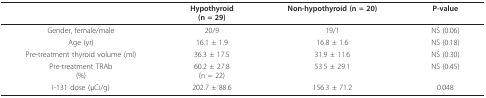
<table><thead><tr><td>[EMPTY_CELL]</td><td><b>Hypothyroid(n = 29)</b></td><td><b>Non-hypothyroid (n = 20)</b></td><td><b>P-value</b></td></tr></thead><tbody><tr><td>Gender, female/male</td><td>20/9</td><td>19/1</td><td>NS (0.06)</td></tr><tr><td>Age (yr)</td><td>16.1 ± 1.9</td><td>16.8 ± 1.6</td><td>NS (0.18)</td></tr><tr><td>Pre-treatment thyroid volume (ml)</td><td>36.3 ± 17.5</td><td>31.9 ± 11.6</td><td>NS (0.30)</td></tr><tr><td>Pre-treatment TRAb(%)</td><td>60.2 ± 27.8(n = 22)</td><td>53.5 ± 29.1</td><td>NS (0.45)</td></tr><tr><td>I-131 dose (μCi/g)</td><td>202.7 ± 88.6</td><td>156.3 ± 71.2</td><td>0.048</td></tr></tbody></table>